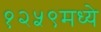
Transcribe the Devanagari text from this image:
१२५९मध्ये